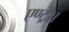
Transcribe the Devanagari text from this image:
एण्ट्रेंस